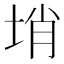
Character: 𡌔